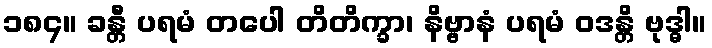
၁၈၄။ ခန္တီ ပရမံ တပေါ တိတိက္ခာ၊ နိဗ္ဗာနံ ပရမံ ဝဒန္တိ ဗုဒ္ဓါ။